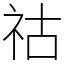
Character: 祜